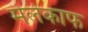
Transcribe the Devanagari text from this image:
मेलेकाफ